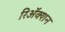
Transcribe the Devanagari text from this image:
रिअॅक्शन